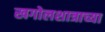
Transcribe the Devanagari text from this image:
खगोलशात्राच्या